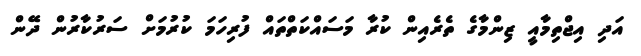
އަދި އިޖްތިމާއީ ޒިންމާގެ ތެރެއިން ކުރާ މަސައްކަތްތައް ފުރިހަމަ ކުރުމަށް ސަރުކާރުން ދޭން